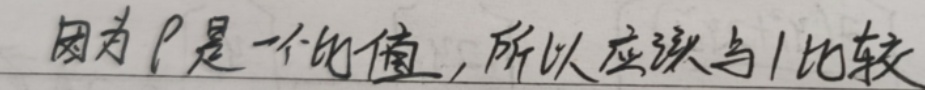
因为 \(p\) 是一个比值，所以应该与 \(1\) 比较。